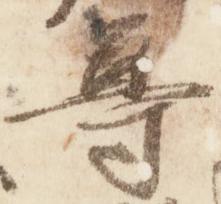
尊